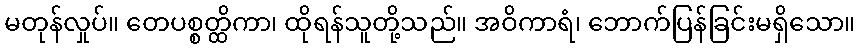
မတုန်လှုပ်။ တေပစ္စတ္ထိကာ၊ ထိုရန်သူတို့သည်။ အဝိကာရံ၊ ဘောက်ပြန်ခြင်းမရှိသော။